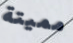
مميتة